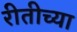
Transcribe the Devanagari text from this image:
रीतीच्या